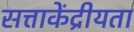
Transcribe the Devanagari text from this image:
सत्ताकेंद्रीयता